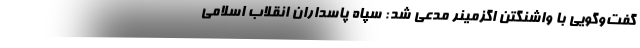
گفت‌وگویی با واشنگتن اگزمینر مدعی شد: سپاه پاسداران انقلاب اسلامی